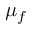
\mu _ { f }